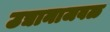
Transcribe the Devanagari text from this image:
उद्यानाजवळ